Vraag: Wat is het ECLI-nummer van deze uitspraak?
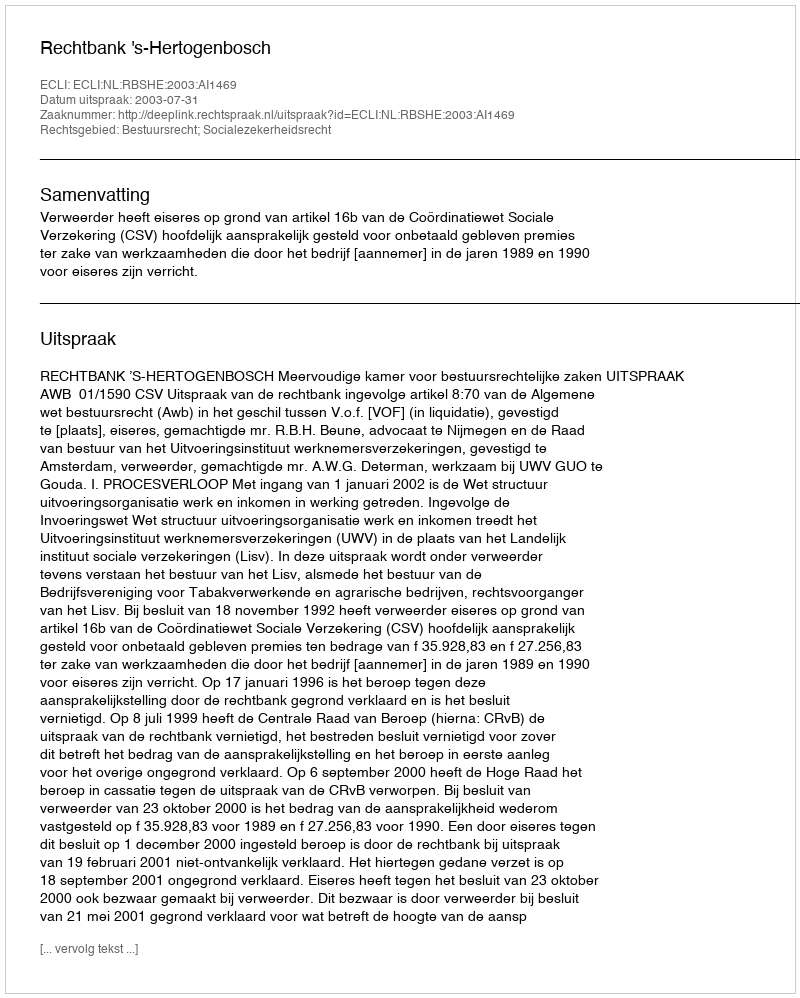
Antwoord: ECLI:NL:RBSHE:2003:AI1469